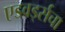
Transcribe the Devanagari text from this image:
एडवर्ड्सचा